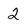
Character: 2